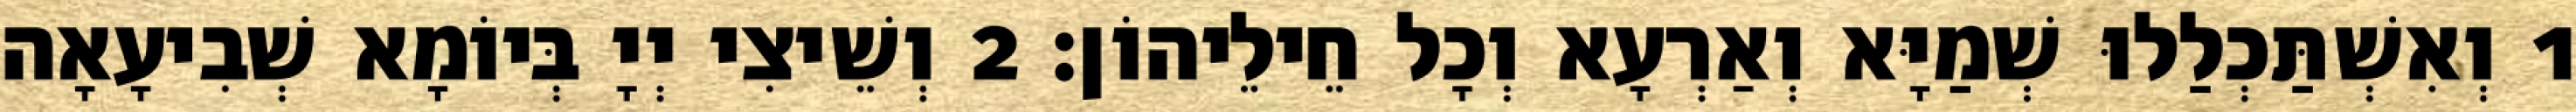
1 וְאִשְׁתַּכְלַלוּ שְׁמַיָּא וְאַרְעָא וְכָל חֵילֵיהוֹן׃ 2 וְשֵׁיצִי יְיָ בְּיוֹמָא שְׁבִיעָאָה